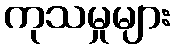
ကုသမှုများ